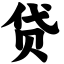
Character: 贷